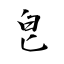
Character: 皀